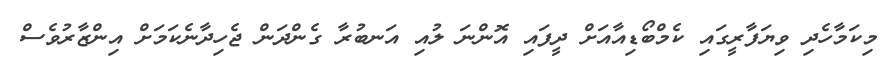
މިކަމާހެދި ވިޔަފާރީގައި ކެމްބޯޑިއާއަށް ދީފައި އޮންނަ ލުއި އަނބުރާ ގެންދަން ޖެހިދާނެކަމަށް އިންޒާރުވެސް